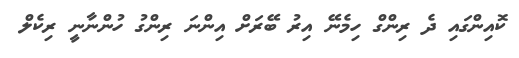
ކޮއިންގައި ދެ ރިންގް ހިމެނޭ އިރު ބޭރަށް އިންނަ ރިންގު ހުންނާނީ ރިކެލް